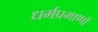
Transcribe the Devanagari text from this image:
धर्मप्रमाणों